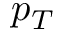
p _ { T }